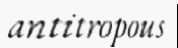
antitropous